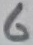
Text: 6